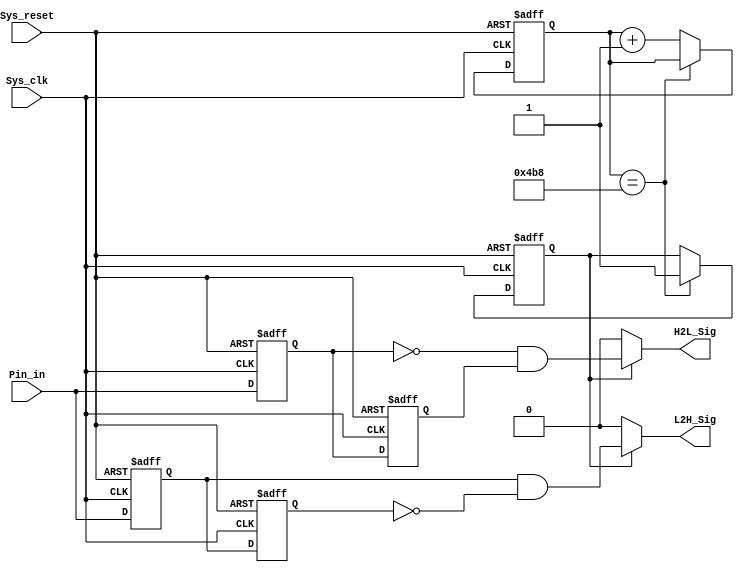
//`timescale 1ns/1ps
module detect(
							input Sys_clk,	//12MHz
							input Sys_reset,
							input Pin_in,
							output H2L_Sig,
							output L2H_Sig
						);
	parameter T100us = 11'd1208;//delay100us
	reg H2L_Sig_r0;
	reg H2L_Sig_r1;
	reg L2H_Sig_r0;
	reg L2H_Sig_r1;
	//*****************************************************
	reg [10:0] cnt1;
	reg isEn;
	always @(posedge Sys_clk or negedge Sys_reset)
		if(!Sys_reset)
			begin
				isEn <= 1'b0;
				cnt1 <= 11'd0;
			end
		else if(cnt1 == T100us)
			
				isEn <= 1'b1;
			
		else
			cnt1 <= cnt1 + 1'b1;
			
//********************

always @ (posedge Sys_clk or negedge Sys_reset)
	if(!Sys_reset)
		begin
			{H2L_Sig_r0,H2L_Sig_r1} <= 2'b11;
			{L2H_Sig_r0,L2H_Sig_r1} <= 2'b00;
		end 
	else 
		begin
			{H2L_Sig_r0,H2L_Sig_r1} <= {Pin_in,H2L_Sig_r0};
			{L2H_Sig_r0,L2H_Sig_r1} <= {Pin_in,L2H_Sig_r0};
		end

//********************************************************8
assign H2L_Sig =isEn ?( !H2L_Sig_r0 & H2L_Sig_r1) : 1'b0;
assign L2H_Sig =isEn ?( L2H_Sig_r0 & !L2H_Sig_r1) : 1'b0;


endmodule